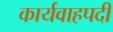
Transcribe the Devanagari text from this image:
कार्यवाहपदी